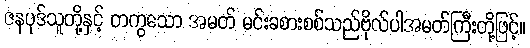
ဇနပုဒ်သူတို့နှင့် တကွသော အမတ် မင်းခစားစစ်သည်ဗိုလ်ပါအမတ်ကြီးတို့ဖြင့်။